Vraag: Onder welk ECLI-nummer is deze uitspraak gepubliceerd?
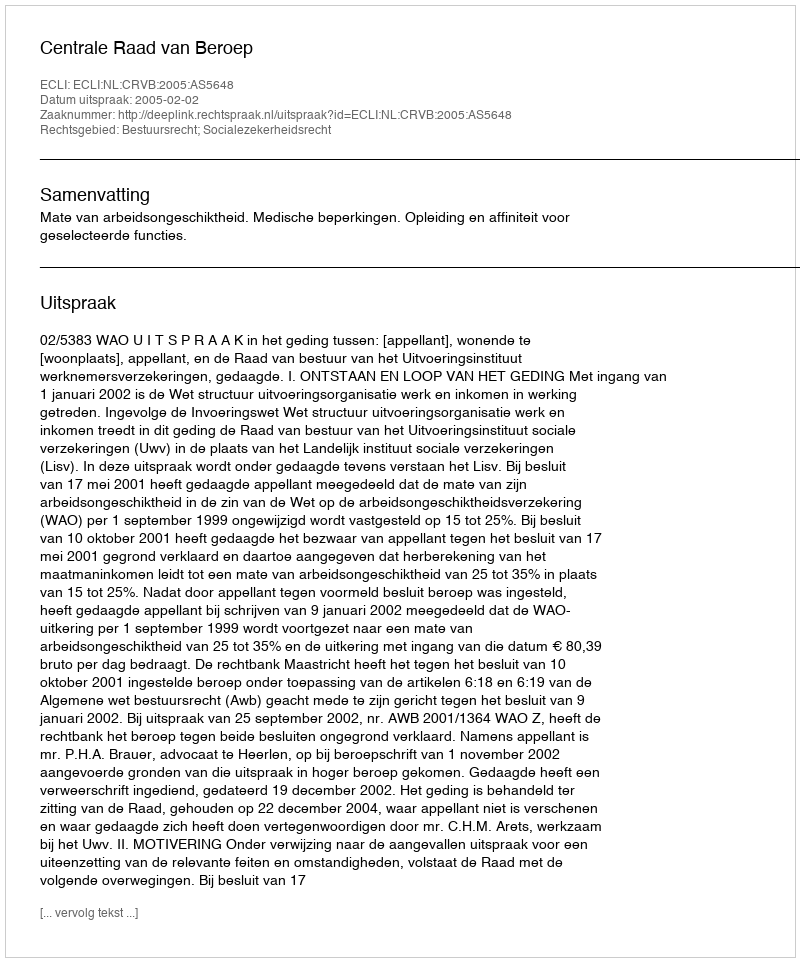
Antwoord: ECLI:NL:CRVB:2005:AS5648